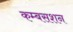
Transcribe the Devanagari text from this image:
कम्बसशन